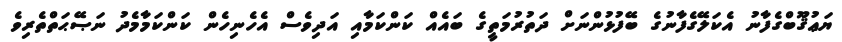
ޔަޢުޤޫބްގެފާނު އެކަލޭގެފާނުގެ ބޭފުޅުންނަށް ދަތުރުމަތީގެ ބައެއް ކަންކަމާއި އަދިވެސް އެހެނިހެން ކަންކަމާމެދު ނަޞޭޙަތްތެރިވެ